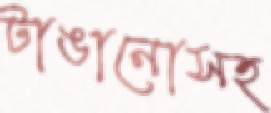
টাঙানোসহ